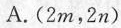
A.(2m，2n)